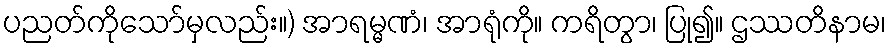
ပညတ်ကိုသော်မှလည်း။) အာရမ္မဏံ၊ အာရုံကို။ ကရိတွာ၊ ပြု၍။ ဌဿတိနာမ၊